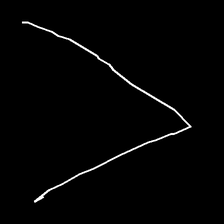
Glyph: region